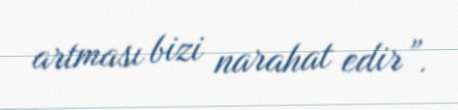
artması bizi narahat edir”.